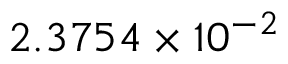
2 . 3 7 5 4 \times 1 0 ^ { - 2 }